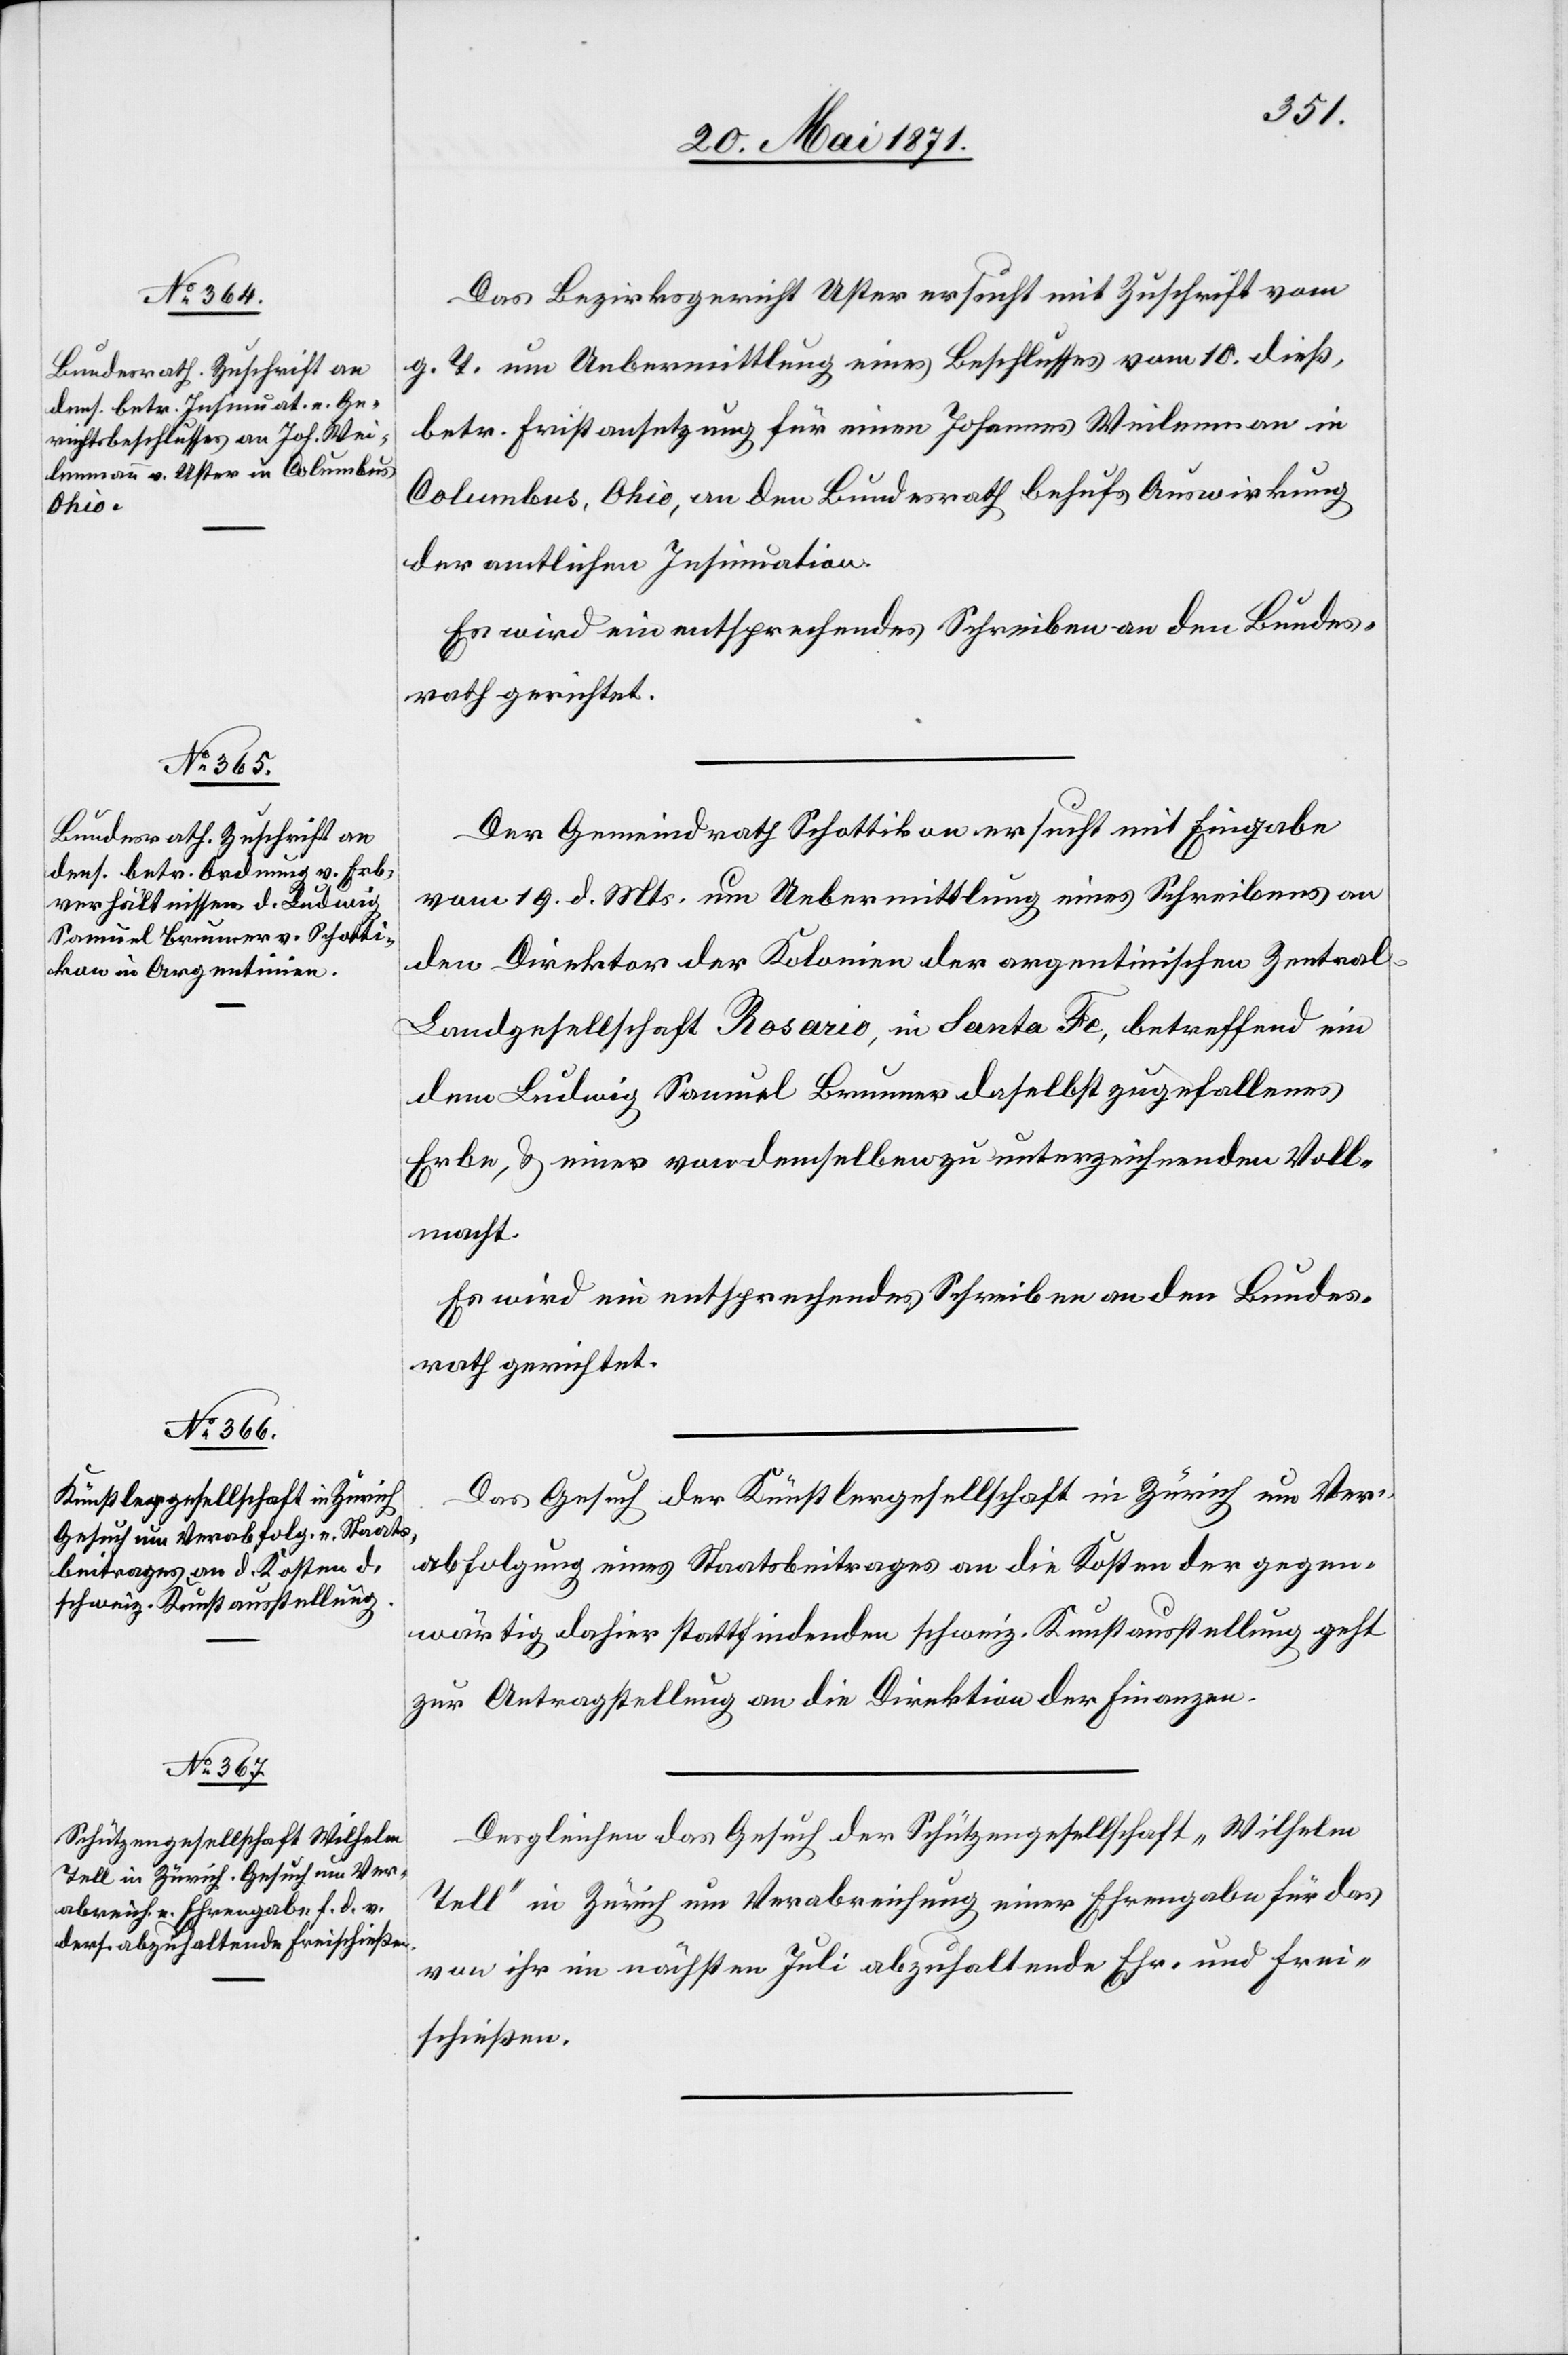
23. Mai 1871.]
Das Bezirksgericht Uster ersucht mit Zuschrift vom
g. T. um Uebermittlung eines Beschlusses vom 10. dieß,
betr. Fristansetzung für einen Johannes Weilenman
Columbus, Ohio, an den Bundesrath behufs Auswirkung
der amtlichen Insinuation.
Es wird ein entsprechendes Schreiben an den Bundes¬
rath gerichtet.
Der Gemeindrath Schottikon ersucht mit Eingabe
vom 19. d. Mts. um Uebermittlung eines Schreibens an
den Direktor der Kolonien der argentinischen Zentra¬
l-Landgesellschaft Rosario, in Santa Fe, betreffend ein
dem Ludwig Samuel Brunner daselbst zugefallenes
Erbe, u. einer von demselben zu unterzeichnenden Voll¬
macht.
Das Gesuch der Künstlergesellschaft in Zürich um Ver¬
abfolgung eines Staatsbeitrages an die Kosten der gegen¬
wärtig dahier stattfindenden schweiz. Kunstausstellung geht
zur Antragstellung an die Direktion der Finanzen.
Desgleichen das Gesuch der Schützengesellschaft „Wilhelm
Tell“ in Zürich um Verabreichung einer Ehrengabe für das
von ihr im nächsten Juli abzuhaltende Ehr- und Frei¬
schießen.